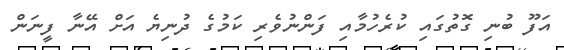
އަފޫ ބުނި ގޮތުގައި ކުރެހުމާއި ފަންނުވެރި ކަމުގެ ދުނިޔެ އަށް އޭނާ ފީނަން